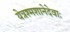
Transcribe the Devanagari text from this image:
येत्रश्मशानेदेवाः